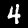
Digit: 4